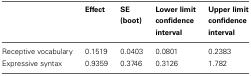
<table><thead><tr><td></td><td><b>Effect</b></td><td><b>SE (boot)</b></td><td><b>Lower limit confidence interval</b></td><td><b>Upper limit confidence interval</b></td></tr></thead><tbody><tr><td>Receptive vocabulary</td><td>0.1519</td><td>0.0403</td><td>0.0801</td><td>0.2383</td></tr><tr><td>Expressive syntax</td><td>0.9359</td><td>0.3746</td><td>0.3126</td><td>1.782</td></tr></tbody></table>